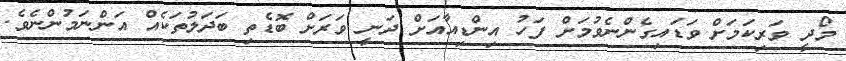
މޯދީ ވަރިކަމަށް ވަޑައިގެންނެވުމަށް ފަހު އިންޑިއާއަށް ދަނީ ވަރަށް ބޮޑެތި ބަދަލުތަކެއް އަންނަމުންނެވެ.